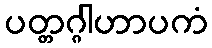
ပတ္တဂ္ဂါဟာပကံ